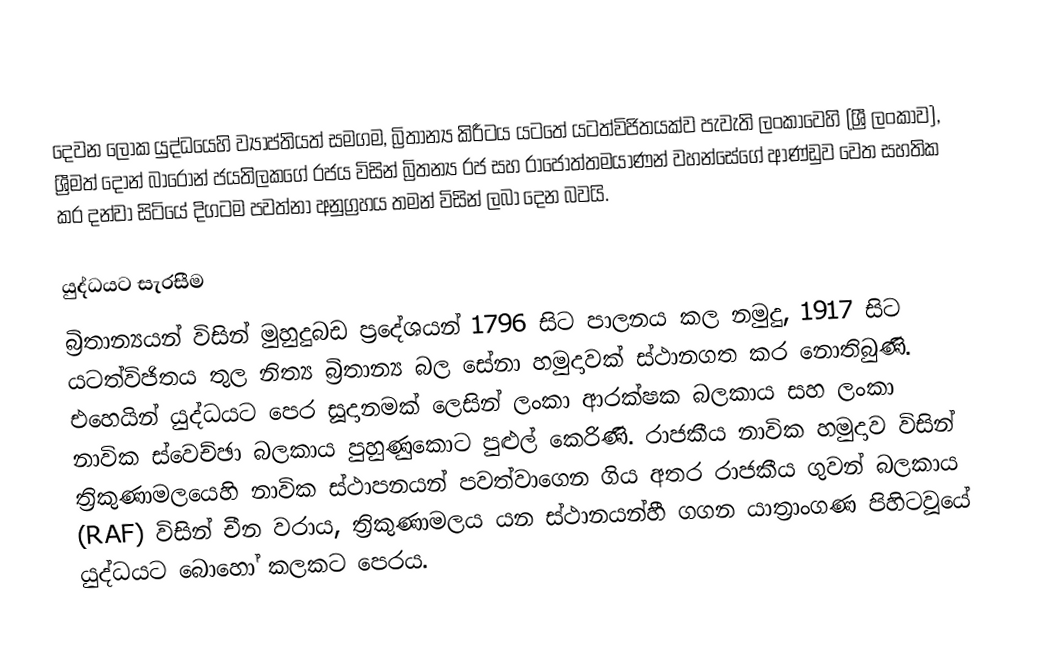
දෙවන ලෝක යුද්ධයෙහි ව්‍යාප්තියත් සමගම, බ්‍රිතාන්‍ය කිරීටය යටතේ යටත්විජිතයක්ව පැවැති ලංකාවෙහි (ශ්‍රී ලංකාව), ශ්‍රීමත්   දොන් බාරොන් ජයතිලකගේ රජය විසින් බ්‍රිතන්‍ය රජ සහ රාජෝත්තමයාණන් වහන්සේගේ ආණ්ඩුව වෙත සහතික කර දන්වා සිටියේ දිගටම පවත්නා අනුග්‍රහය තමන් විසින් ලබා දෙන බවයි.

යුද්ධයට සැරසීම
බ්‍රිතාන්‍යයන් විසින් මුහුදුබඩ ප්‍රදේශයන් 1796 සිට පාලනය කල නමුදු, 1917 සිට යටත්විජිතය තුල නිත්‍ය බ්‍රිතාන්‍ය බල සේනා හමුදාවක් ස්ථානගත කර නොතිබුණි. එහෙයින් යුද්ධයට පෙර සූදානමක් ලෙසින් ලංකා ආරක්ෂක බලකාය සහ ලංකා නාවික ස්වෙච්ඡා බලකාය පුහුණුකොට පුළුල් කෙරිණි. රාජකීය නාවික හමුදාව විසින් ත්‍රිකුණාමලයෙහි නාවික ස්ථාපනයන් පවත්වාගෙන ගිය අතර රාජකීය ගුවන් බලකාය (RAF) විසින් චීන වරාය, ත්‍රිකුණාමලය යන ස්ථානයන්හී ගගන යාත්‍රාංගණ පිහිටවූයේ යුද්ධයට බොහෝ කලකට පෙරය.